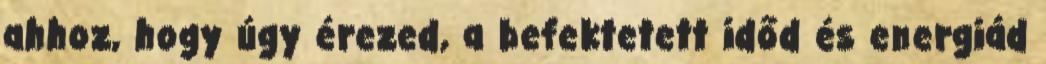
ahhoz, hogy úgy érezed, a befektetett időd és energiád